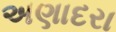
અણાદરા